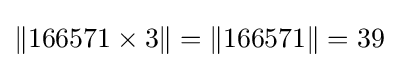
\|166571\times 3\|=\|166571\|=39